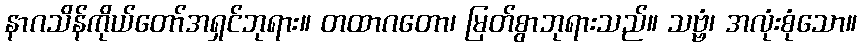
နာဂသိန်ကိုယ်တော်အရှင်ဘုရား။ တထာဂတော၊ မြတ်စွာဘုရားသည်။ သဗ္ဗံ၊ အလုံးစုံသော။